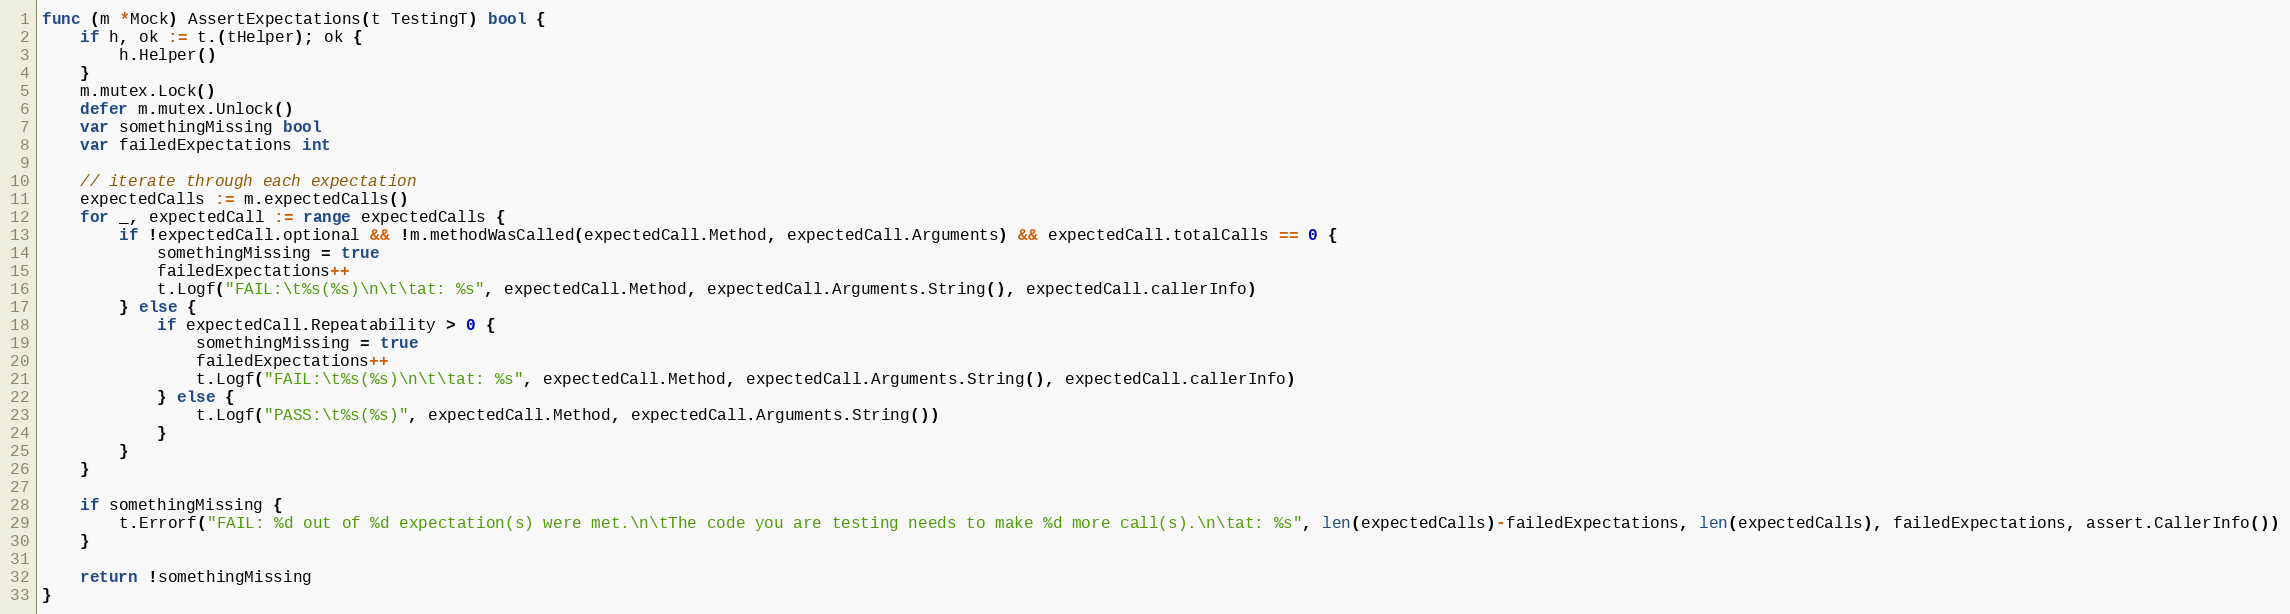
Language: Go
func (m *Mock) AssertExpectations(t TestingT) bool {
	if h, ok := t.(tHelper); ok {
		h.Helper()
	}
	m.mutex.Lock()
	defer m.mutex.Unlock()
	var somethingMissing bool
	var failedExpectations int

	// iterate through each expectation
	expectedCalls := m.expectedCalls()
	for _, expectedCall := range expectedCalls {
		if !expectedCall.optional && !m.methodWasCalled(expectedCall.Method, expectedCall.Arguments) && expectedCall.totalCalls == 0 {
			somethingMissing = true
			failedExpectations++
			t.Logf("FAIL:\t%s(%s)\n\t\tat: %s", expectedCall.Method, expectedCall.Arguments.String(), expectedCall.callerInfo)
		} else {
			if expectedCall.Repeatability > 0 {
				somethingMissing = true
				failedExpectations++
				t.Logf("FAIL:\t%s(%s)\n\t\tat: %s", expectedCall.Method, expectedCall.Arguments.String(), expectedCall.callerInfo)
			} else {
				t.Logf("PASS:\t%s(%s)", expectedCall.Method, expectedCall.Arguments.String())
			}
		}
	}

	if somethingMissing {
		t.Errorf("FAIL: %d out of %d expectation(s) were met.\n\tThe code you are testing needs to make %d more call(s).\n\tat: %s", len(expectedCalls)-failedExpectations, len(expectedCalls), failedExpectations, assert.CallerInfo())
	}

	return !somethingMissing
}